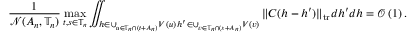
\frac { 1 } { \mathcal { N } ( A _ { n } , \mathbb { T } _ { n } ) } \operatorname* { m a x } _ { t , s \in \mathbb { T } _ { n } } \iint _ { \substack { h \in \cup _ { u \in \mathbb { T } _ { n } \cap ( t + A _ { n } ) } V ( u ) \, h ^ { \prime } \in \cup _ { v \in \mathbb { T } _ { n } \cap ( s + A _ { n } ) } V ( v ) } } \| C ( h - h ^ { \prime } ) \| _ { \mathrm { t r } } d h ^ { \prime } d h = \mathcal { O } \left( 1 \right) .